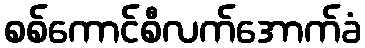
စစ်ကောင်စီလက်အောက်ခံ